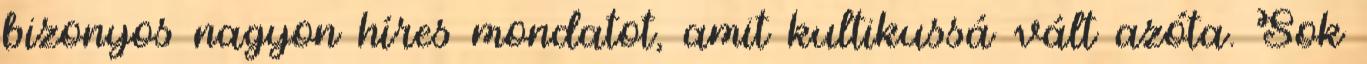
bizonyos nagyon híres mondatot, amit kultikussá vált azóta. Sok